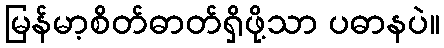
မြန်မာ့စိတ်ဓာတ်ရှိဖို့သာ ပဓာနပဲ။